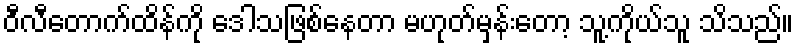
ဝီလီတောက်ထိန်ကို ဒေါသဖြစ်နေတာ မဟုတ်မှန်းတော့ သူ့ကိုယ်သူ သိသည်။